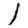
Digit: 1